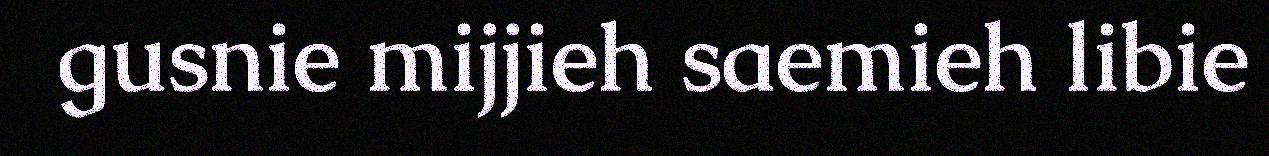
gusnie mijjieh saemieh libie